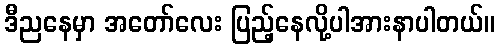
ဒီညနေမှာ အတော်လေး ပြည့်နေလို့ပါအားနာပါတယ်။